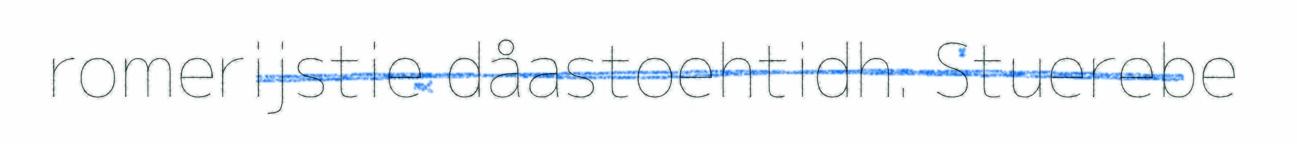
romerijstie dåastoehtidh. Stuerebe